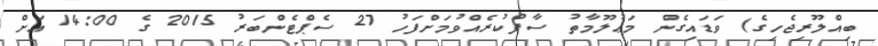
ބިއްލޫރިޖެހިގެ) ވަޑައިގެން މަޢުލޫމާތު ސާފުކުރެއްވުމަށްފަހު 27 ސެޕްޓެންބަރު 2015 ގެ 14:00 އަށް